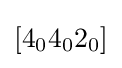
[4_{0}4_{0}2_{0}]